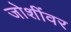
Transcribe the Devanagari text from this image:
जोशींवर